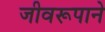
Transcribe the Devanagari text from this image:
जीवरूपाने